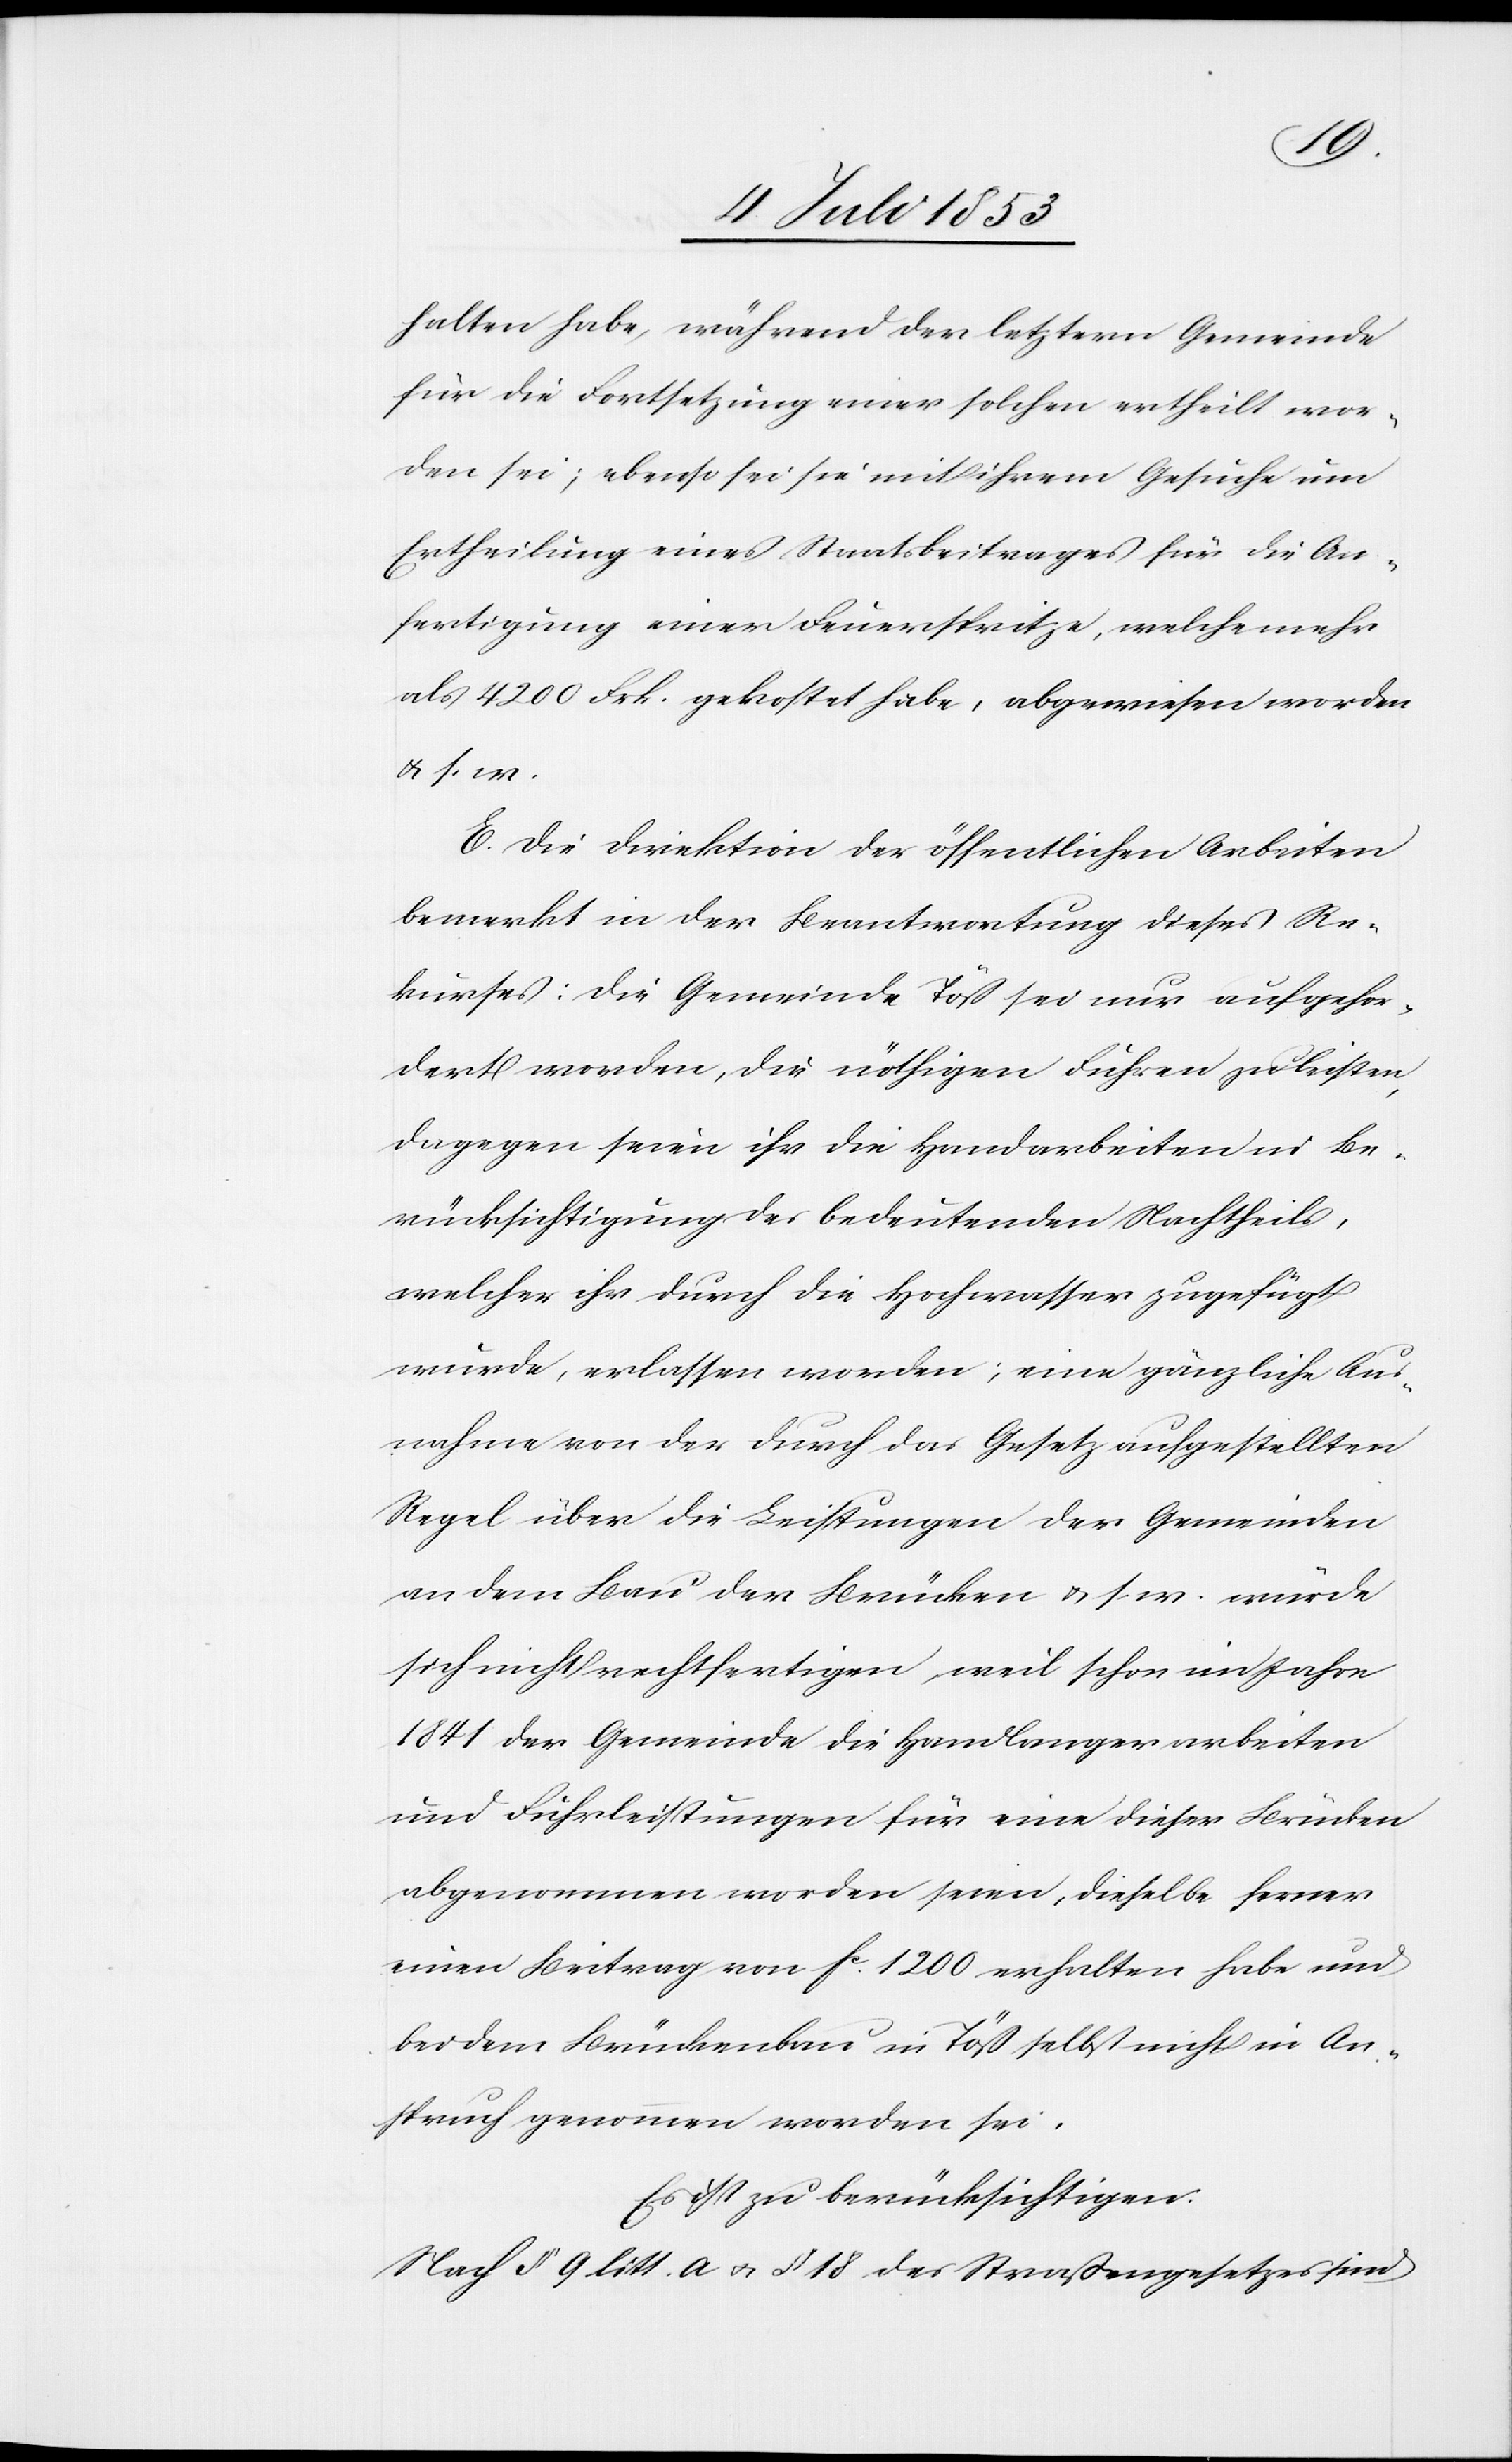
halten habe, während der letztern Gemeinde
für die Fortsetzung einer solchen ertheilt wor¬
den sei [sic!]; ebenso sei sie mit ihrem Gesuche um
Ertheilung eines Staatsbeitrages für die An¬
fertigung einer Feuerspritze, welche mehr
als 4200 Frk. gekostet habe, abgewiesen worden
u. s. w.
E. Die Direktion der öffentlichen Arbeiten
bemerkt in der Beantwortung dieses Re¬
kurses: Die Gemeinde Töß sei nur aufgefor¬
dert worden, die nöthigen Fuhren zu leisten,
dagegen seien ihr die Handarbeiten in Be¬
rücksichtigung des bedeutenden Nachtheils,
welcher ihr durch die Hochwasser zugefügt
wurde, erlassen worden; eine gänzliche Aus¬
nahme von der durch das Gesetz aufgestellten
Regel über die Leistungen der Gemeinden
an dem Bau der Brücken u. s. w. würde
sich nicht rechtfertigen, weil schon im Jahre
1841 der Gemeinde die Handlangerarbeiten
und Fuhrleistungen für eine dieser Brücken
abgenommen worden seien, dieselbe ferner
einen Beitrag von fc 1200 erhalten habe und
bei dem Brückenbau in Töß selbst nicht in An¬
spruch genommen worden sei.
Es ist zu berücksichtigen:
Nach § 9 litt. a. u. § 18 der Straßengesetzes sind